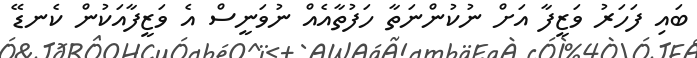
ބައި ފަހަރު ވަޒީފާ އަށް ނުކުންނަތާ ހަފުތާއެއް ނުވަނީސް އެ ވަޒީފާއަކުން ކެނޑޭ